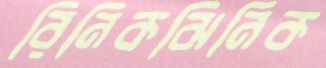
রিনিকঝিনিক